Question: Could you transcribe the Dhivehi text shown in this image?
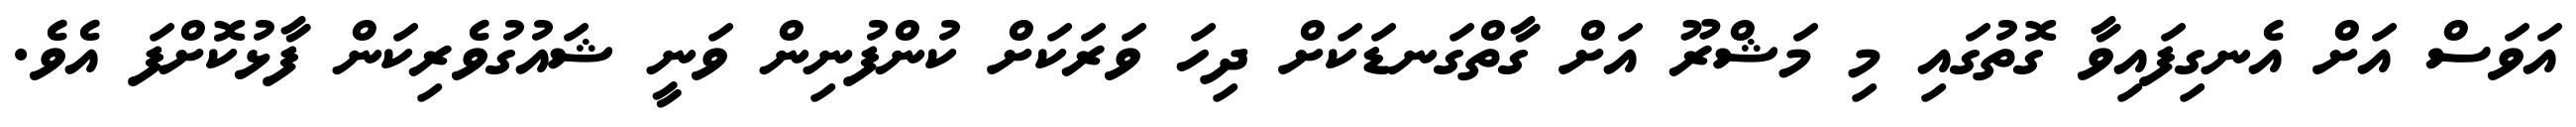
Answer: އަވަސް އަށް އެނގިފައިވާ ގޮތުގައި މި މަޝްރޫ އަށް ގާތްގަނޑަކަށް ދިހަ ވަރަކަށް ކުންފުނިން ވަނީ ޝައުގުވެރިކަން ފާޅުކޮށްފަ އެވެ.